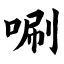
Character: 唰